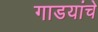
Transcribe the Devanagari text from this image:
गाडयांचे